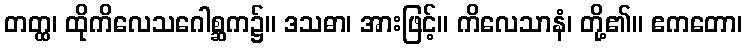
တတ္ထ၊ ထိုကိလေသဂေါစ္ဆက၌။ ဒသဓာ၊ အားဖြင့်။ ကိလေသာနံ၊ တို့၏။ ဧကတော၊